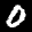
Label: 0